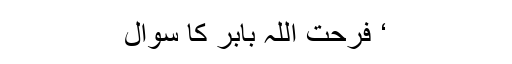
‘ فرحت اللہ بابر کا سوال